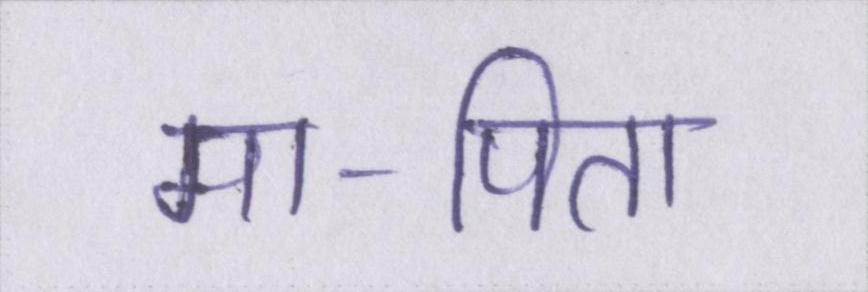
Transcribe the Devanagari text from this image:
मा-पिता